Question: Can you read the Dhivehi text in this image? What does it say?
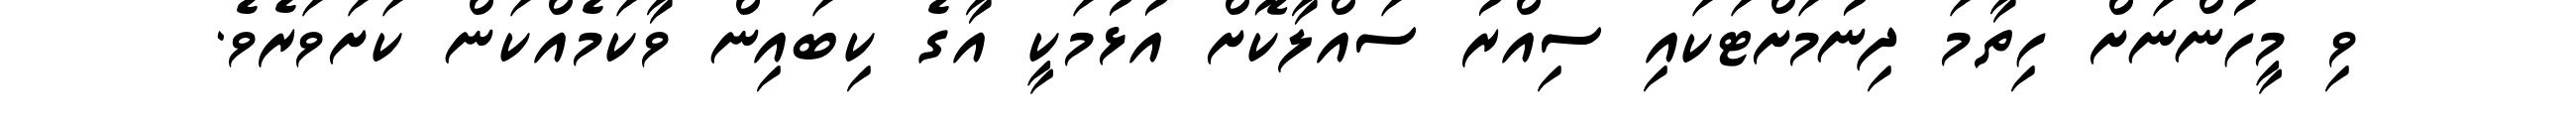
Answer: ވި މީހުންނަށް ހިތާމަ ދިނުމަށްޓަކައި ސިއްރު ސައްލާކޮށް އުޅުމަކީ އާގެ ކިބައިން ވާކަމެއްކަން ކަށަވަރެވެ.